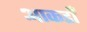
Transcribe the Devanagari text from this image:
आकडोँ